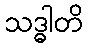
သဒ္ဓါတိ